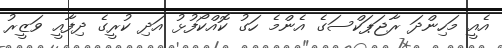
އެއީ މަހިންދަ ރާޖަޕަކްސަގެ އެންމެ ހަގު ކޮއްކޯފުޅު އަދި ކުރީގެ ދިފާއީ ވަޒީރު